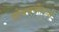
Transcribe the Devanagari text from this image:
दोनपर्यंतच्या